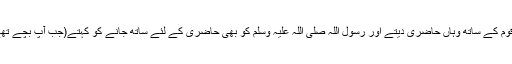
حضرت ابو طالب بھی اپنی قوم کے ساتھ وہاں حاضری دیتے اور رسول اللہ صلی اللہ علیہ وسلم کو بھی حاضری کے لئے ساتھ جانے کو کہتے(جب آپ بچے تھے) مگر آپ انکار کر دیتے۔